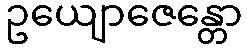
ဥယျောဇေန္တော